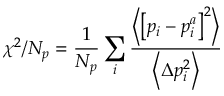
\chi ^ { 2 } / N _ { p } = \frac { 1 } { N _ { p } } \sum _ { i } \frac { \left\langle \left[ p _ { i } - p _ { i } ^ { a } \right] ^ { 2 } \right\rangle } { \left\langle \Delta p _ { i } ^ { 2 } \right\rangle }